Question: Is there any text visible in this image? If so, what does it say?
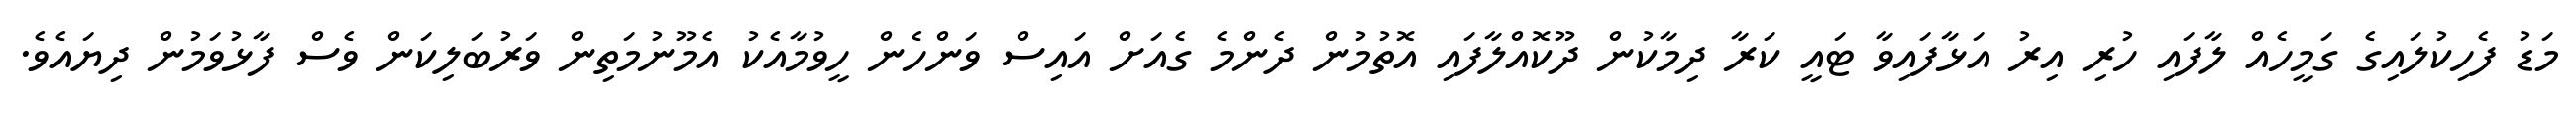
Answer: މަޑު ފެހިކުލައިގެ ގަމީހެއް ލާފައި ހުރި އިރު އަޅާފައިވާ ޓައީ ކަރާ ދިމާކުން ދޫކޮއްލާފައި އޮތުމުން ދެންމެ ގެއަށް އައިސް ވަންހެން ހީވުމާއެކު އެމޫނުމަތިން ވަރުބަލިކަން ވެސް ފާޅުވަމުން ދިޔައެވެ.